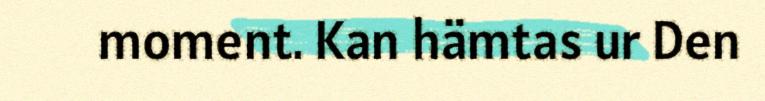
moment. Kan hämtas ur Den